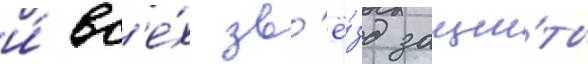
и́ вс'е́х зв'ё́зд защи́ты